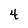
Character: 4